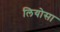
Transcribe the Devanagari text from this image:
लियोसा